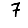
Digit: 7